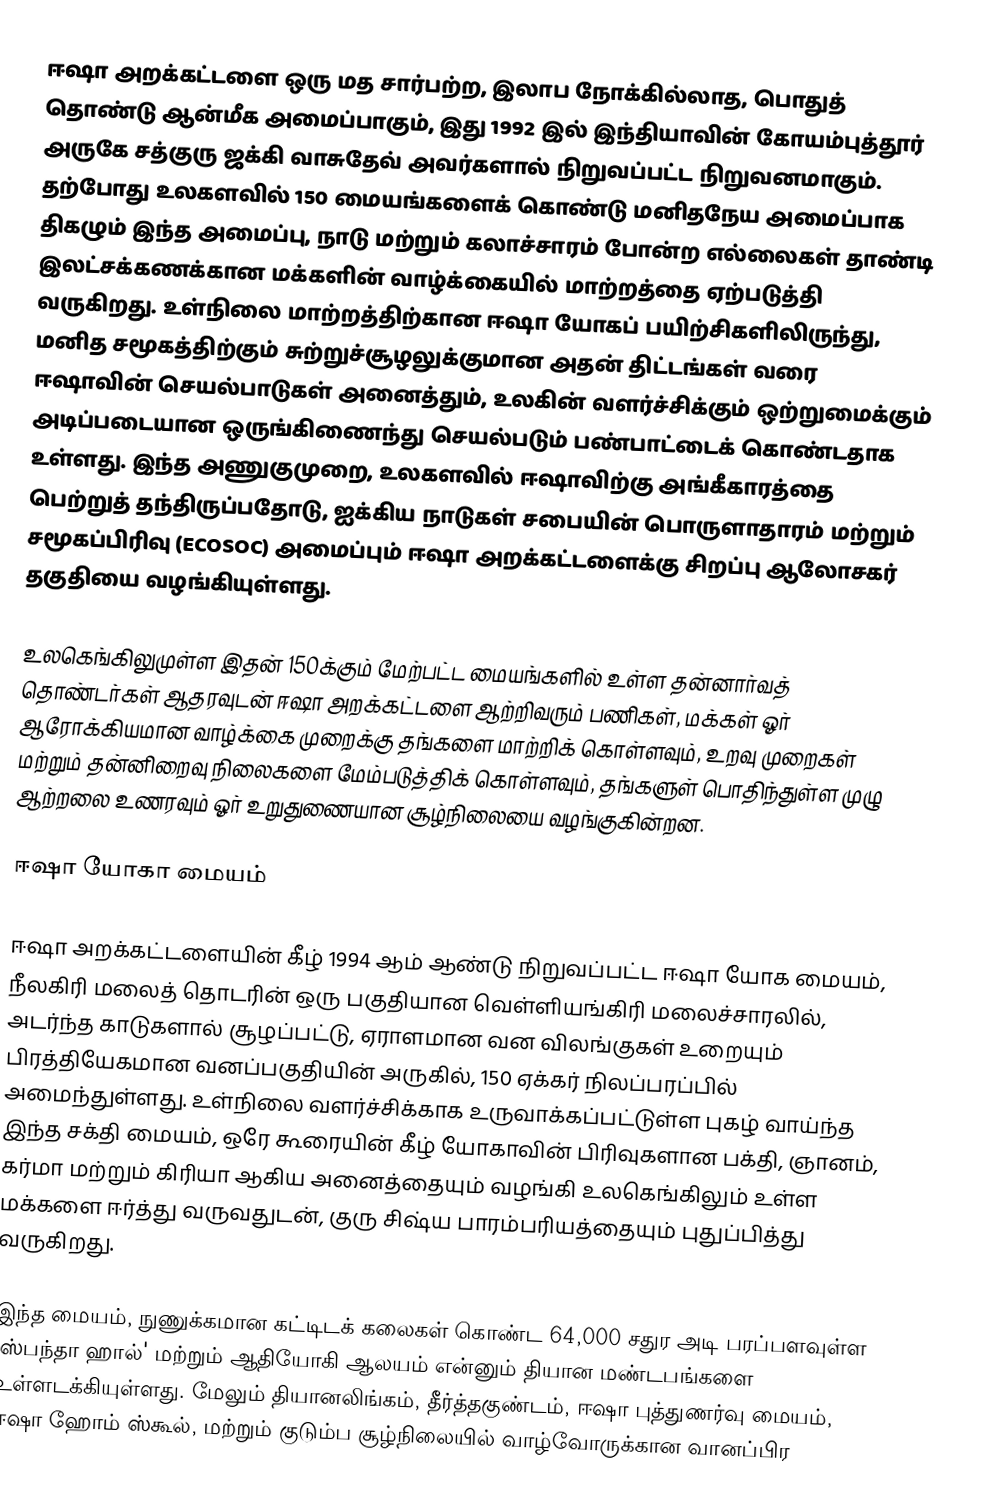
ஈஷா அறக்கட்டளை ஒரு மத சார்பற்ற, இலாப நோக்கில்லாத, பொதுத் தொண்டு ஆன்மீக அமைப்பாகும், இது 1992 இல் இந்தியாவின் கோயம்புத்தூர் அருகே சத்குரு ஜக்கி வாசுதேவ் அவர்களால் நிறுவப்பட்ட நிறுவனமாகும். தற்போது உலகளவில் 150 மையங்களைக் கொண்டு மனிதநேய அமைப்பாக திகழும் இந்த அமைப்பு, நாடு மற்றும் கலாச்சாரம் போன்ற எல்லைகள் தாண்டி இலட்சக்கணக்கான மக்களின் வாழ்க்கையில் மாற்றத்தை ஏற்படுத்தி வருகிறது. உள்நிலை மாற்றத்திற்கான ஈஷா யோகப் பயிற்சிகளிலிருந்து, மனித சமூகத்திற்கும் சுற்றுச்சூழலுக்குமான அதன் திட்டங்கள் வரை ஈஷாவின் செயல்பாடுகள் அனைத்தும், உலகின் வளர்ச்சிக்கும் ஒற்றுமைக்கும் அடிப்படையான ஒருங்கிணைந்து செயல்படும் பண்பாட்டைக் கொண்டதாக உள்ளது. இந்த அணுகுமுறை, உலகளவில் ஈஷாவிற்கு அங்கீகாரத்தை பெற்றுத் தந்திருப்பதோடு, ஐக்கிய நாடுகள் சபையின் பொருளாதாரம் மற்றும் சமூகப்பிரிவு (ECOSOC) அமைப்பும் ஈஷா அறக்கட்டளைக்கு சிறப்பு ஆலோசகர் தகுதியை வழங்கியுள்ளது.

உலகெங்கிலுமுள்ள இதன் 150க்கும் மேற்பட்ட மையங்களில் உள்ள தன்னார்வத் தொண்டர்கள் ஆதரவுடன் ஈஷா அறக்கட்டளை ஆற்றிவரும் பணிகள், மக்கள் ஓர் ஆரோக்கியமான வாழ்க்கை முறைக்கு தங்களை மாற்றிக் கொள்ளவும், உறவு முறைகள் மற்றும் தன்னிறைவு நிலைகளை மேம்படுத்திக் கொள்ளவும், தங்களுள் பொதிந்துள்ள முழு ஆற்றலை உணரவும் ஓர் உறுதுணையான சூழ்நிலையை வழங்குகின்றன.

ஈஷா யோகா மையம்

ஈஷா அறக்கட்டளையின் கீழ் 1994 ஆம் ஆண்டு நிறுவப்பட்ட ஈஷா யோக மையம், நீலகிரி மலைத் தொடரின் ஒரு பகுதியான வெள்ளியங்கிரி மலைச்சாரலில், அடர்ந்த காடுகளால் சூழப்பட்டு, ஏராளமான வன விலங்குகள் உறையும் பிரத்தியேகமான வனப்பகுதியின் அருகில், 150 ஏக்கர் நிலப்பரப்பில் அமைந்துள்ளது. உள்நிலை வளர்ச்சிக்காக உருவாக்கப்பட்டுள்ள புகழ் வாய்ந்த இந்த சக்தி மையம், ஒரே கூரையின் கீழ் யோகாவின் பிரிவுகளான பக்தி, ஞானம், கர்மா மற்றும் கிரியா ஆகிய அனைத்தையும் வழங்கி உலகெங்கிலும் உள்ள மக்களை ஈர்த்து வருவதுடன், குரு சிஷ்ய பாரம்பரியத்தையும் புதுப்பித்து வருகிறது.

இந்த மையம், நுணுக்கமான கட்டிடக் கலைகள் கொண்ட 64,000 சதுர அடி பரப்பளவுள்ள 'ஸ்பந்தா ஹால்' மற்றும் ஆதியோகி ஆலயம் என்னும் தியான மண்டபங்களை உள்ளடக்கியுள்ளது. மேலும் தியானலிங்கம், தீர்த்தகுண்டம், ஈஷா புத்துணர்வு மையம், ஈஷா ஹோம் ஸ்கூல், மற்றும் குடும்ப சூழ்நிலையில் வாழ்வோருக்கான வானப்பிர